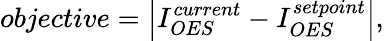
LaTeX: objective=\left|I_{OES}^{current}-I_{OES}^{setpoint}\right|,